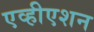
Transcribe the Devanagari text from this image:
एव्हीएशन